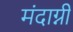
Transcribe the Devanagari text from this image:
मंदाग्नी